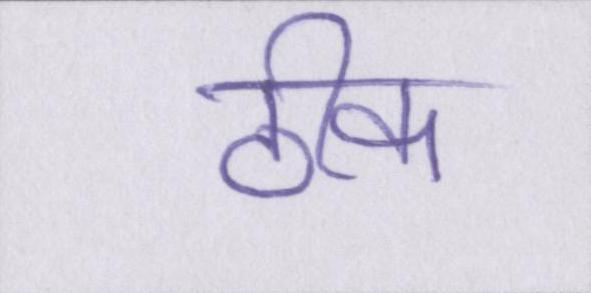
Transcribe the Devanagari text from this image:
ठीक